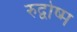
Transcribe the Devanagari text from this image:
रुद्वोष्म